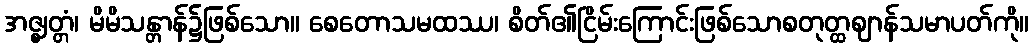
အဇ္ဈတ္တံ၊ မိမိသန္တာန်၌ဖြစ်သော။ စေတောသမထဿ၊ စိတ်၏ငြိမ်းကြောင်းဖြစ်သောစတုတ္ထဈာန်သမာပတ်ကို။